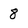
Character: 8